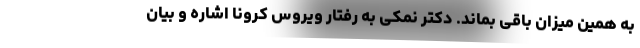
به همین میزان باقی بماند. دکتر نمکی به رفتار ویروس کرونا اشاره و بیان